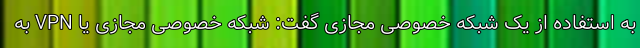
به استفاده از یک شبکه خصوصی مجازی گفت: شبکه خصوصی مجازی یا VPN به